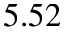
5 . 5 2